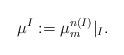
LaTeX: \begin{align*}\mu^{I}:=\mu_{m}^{n(I)}|_{I}.\end{align*}